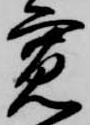
寛